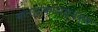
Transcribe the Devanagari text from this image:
कलासंकायध्यक्ष